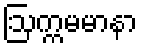
ဩက္ကမမာနာ